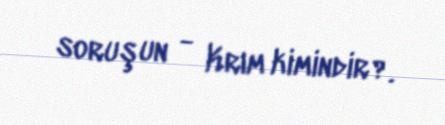
soruşun - Krım kimindir?.